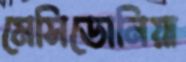
মেসিডোনিয়া